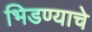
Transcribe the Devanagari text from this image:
भिडण्याचे